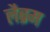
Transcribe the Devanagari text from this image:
लैब्रम